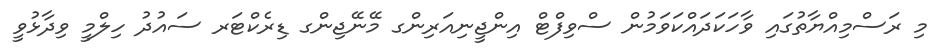
މި ރަސްމިއްޔާތުގައި ވާހަކަދައްކަވަމުން ސްވިފްޓް އިންޖީނިއަރިންގ މޭނޭޖިންގ ޑިރެކްޓަރ ސައުދު ހިލްމީ ވިދާޅުވީ